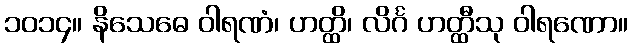
၁၀၁၄။ နိသေဓေ ဝါရဏံ၊ ဟတ္ထိ၊ လိင်္ဂ ဟတ္ထီသု ဝါရဏော။